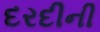
દરદીની